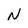
Character: N